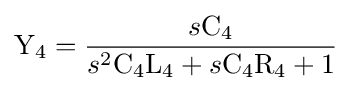
\mathrm {Y_{4}} ={\frac {s\mathrm {C_{4}} }{s^{2}\mathrm {C_{4}} \mathrm {L_{4}} +s\mathrm {C_{4}} \mathrm {R_{4}} +1}}